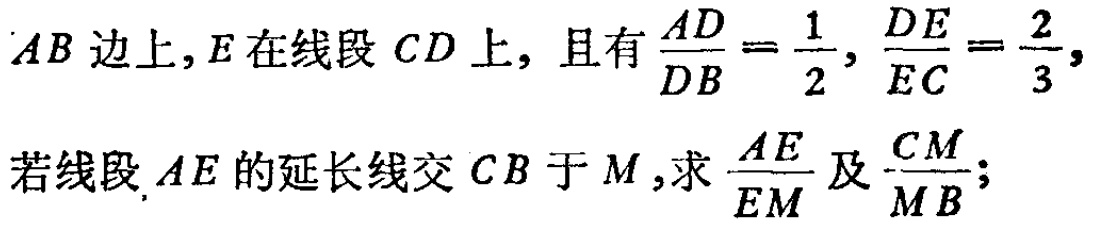
$AB边上,E在线段CD上,且有\frac{AD}{DB}=\frac{1}{2},\frac{DE}{EC}=\frac{2}{3},$

$若线段AE的延长线交CB于M,求\frac{AE}{EM}及\frac{CM}{MB};$